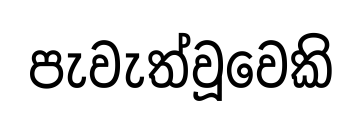
පැවැත්වූවෙකි